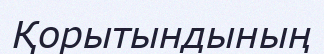
Қорытындының